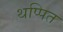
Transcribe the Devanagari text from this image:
थप्पित